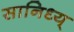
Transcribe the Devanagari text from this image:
सानिध्य्